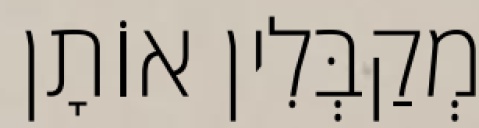
מְקַבְּלִין אוֹתָן